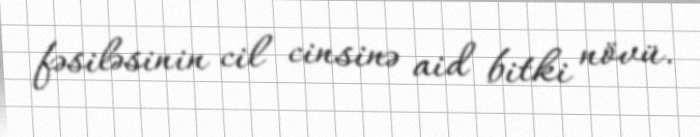
fəsiləsinin cil cinsinə aid bitki növü.